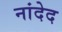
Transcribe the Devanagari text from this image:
नांदेद